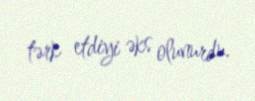
tərk etdiyi əks olunurdu.